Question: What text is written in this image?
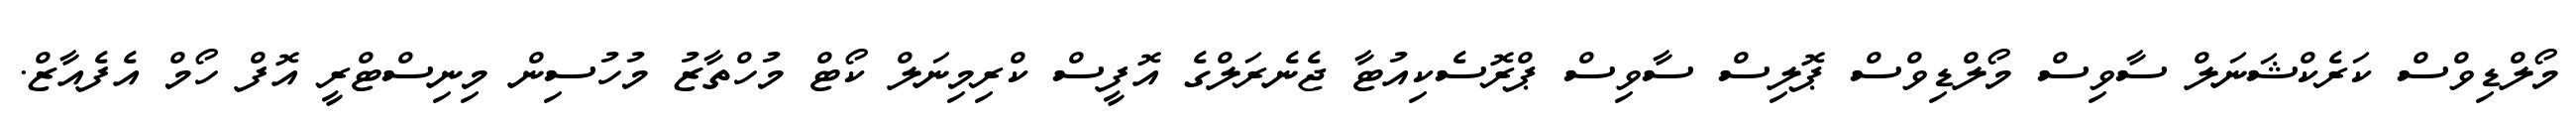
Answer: މޯލްޑިވްސް ކަރެކްޝަނަލް ސާވިސް މޯލްޑިވްސް ޕޮލިސް ސާވިސް ޕްރޮސެކިއުޓާ ޖެނެރަލްގެ އޮފީސް ކްރިމިނަލް ކޯޓް މުހްތާޒު މުހުސިން މިނިސްޓްރީ އޮފް ހޯމް އެފެއާޒް.